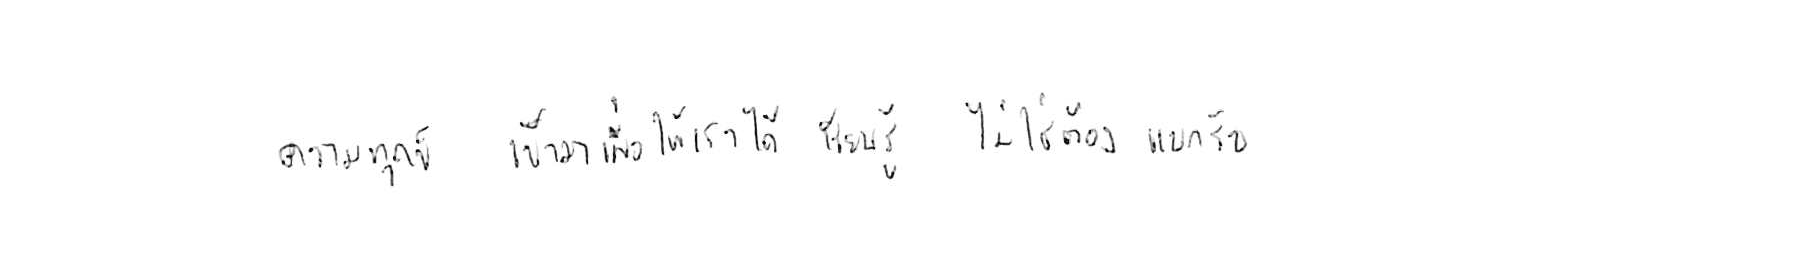
ความทุกข์ เข้ามาเพื่อให้เราได้ เรียนรู้ ไม่ใช่ต้อง แบกรับ